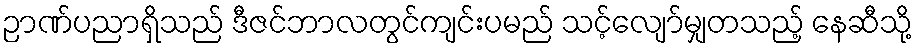
ဉာဏ်ပညာရှိသည် ဒီဇင်ဘာလတွင်ကျင်းပမည် သင့်လျော်မျှတသည့် နေဆီသို့